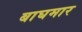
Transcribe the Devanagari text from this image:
बाघमार